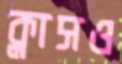
ক্লাসও